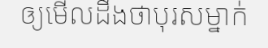
ឲ្យមើលដឹងថាបុរសម្នាក់